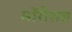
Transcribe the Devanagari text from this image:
मॉरीशश